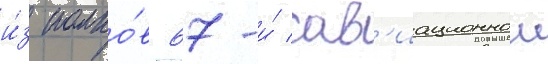
и́з полко́в 67-и́ ав'иационнои